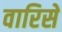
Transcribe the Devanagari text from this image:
वारिसे